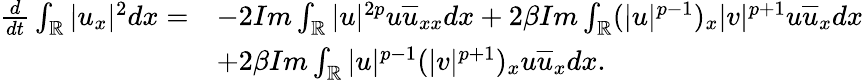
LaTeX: \begin{array}{rl}{\frac{d}{dt}\int_{\mathbb{R}}|u_{x}|^{2}dx=}&{-2Im\int_{\mathbb{R}}|u|^{2p}u\overline{{u}}_{xx}dx+2\beta Im\int_{\mathbb{R}}(|u|^{p-1})_{x}|v|^{p+1}u\overline{{u}}_{x}dx}\\ &{+2\beta Im\int_{\mathbb{R}}|u|^{p-1}(|v|^{p+1})_{x}u\overline{{u}}_{x}dx.}\end{array}